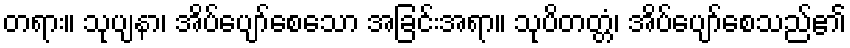
တရား။ သုပျနာ၊ အိပ်ပျော်စေသော အခြင်းအရာ။ သုပိတတ္တံ၊ အိပ်ပျော်စေသည်၏